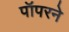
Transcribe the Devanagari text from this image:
पॉपरने